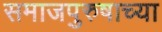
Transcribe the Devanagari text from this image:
समाजपुरुषाच्या